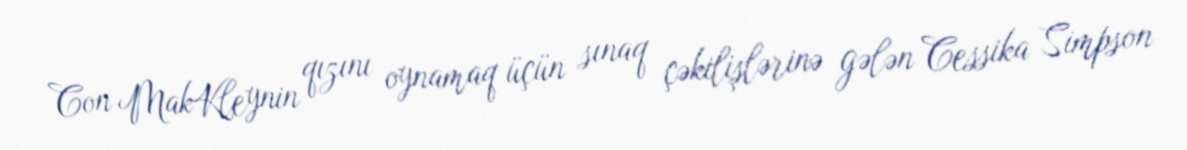
Con MakKleynin qızını oynamaq üçün sınaq çəkilişlərinə gələn Cessika Simpson